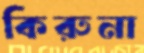
কিরুনা